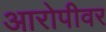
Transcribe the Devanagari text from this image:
आरोपीवर